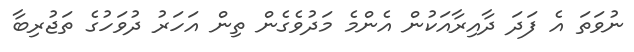
ނުވަތަ އެ ފަދަ ދާއިރާއަކުން އެންމެ މަދުވެގެން ތިން އަހަރު ދުވަހުގެ ތަޖުރިބާ